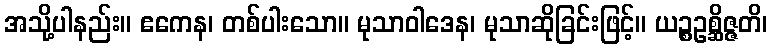
အသို့ပါနည်း။ ဧကေန၊ တစ်ပါးသော။ မုသာဝါဒေန၊ မုသာဆိုခြင်းဖြင့်။ ယဉ္စဥစ္ဆိဇ္ဇတိ၊